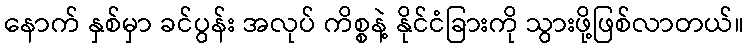
နောက် နှစ်မှာ ခင်ပွန်း အလုပ် ကိစ္စနဲ့ နိုင်ငံခြားကို သွားဖို့ဖြစ်လာတယ်။